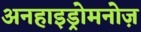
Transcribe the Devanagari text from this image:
अनहाइड्रोमनोज़